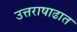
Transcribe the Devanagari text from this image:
उत्तराषाढात